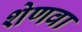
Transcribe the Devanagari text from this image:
शेणवा